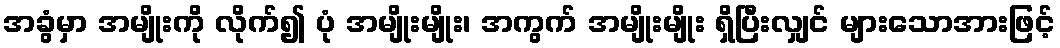
အခွံမှာ အမျိုးကို လိုက်၍ ပုံ အမျိုးမျိုး၊ အကွက် အမျိုးမျိုး ရှိပြီးလျှင် များသောအားဖြင့်